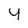
Character: 4